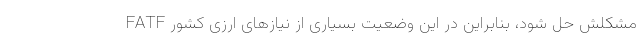
FATF مشکلش حل شود، بنابراین در این وضعیت بسیاری از نیاز‌های ارزی کشور